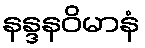
နန္ဒနဝိမာနံ